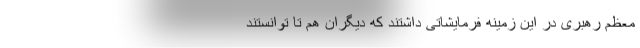
معظم رهبری در این زمینه فرمایشاتی داشتند که دیگران هم تا توانستند